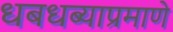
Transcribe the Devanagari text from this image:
धबधब्याप्रमाणे